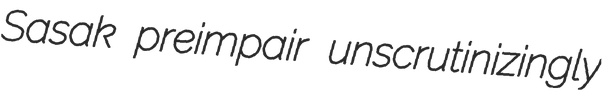
Sasak preimpair unscrutinizingly